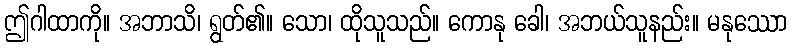
ဤဂါထာကို။ အဘာသိ၊ ရွတ်၏။ သော၊ ထိုသူသည်။ ကောနု ခေါ၊ အဘယ်သူနည်း။ မနုဿော